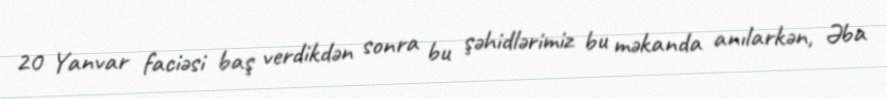
20 Yanvar faciəsi baş verdikdən sonra bu şəhidlərimiz bu məkanda anılarkən, Əba